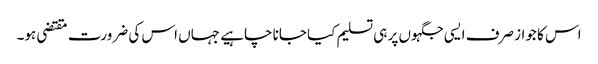
اس کا جواز صرف ایسی جگہوں پر ہی تسلیم کیا جانا چاہیے جہاں اس کی ضرورت مقتضی ہو۔